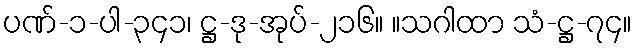
ပဏ်-၁-ပါ-၃၄၁၊ ဋ္ဌ-ဒု-အုပ်-၂၁၆။ ။သဂါထာ သံ-ဋ္ဌ-၇၄။